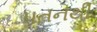
પતનથી